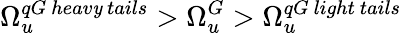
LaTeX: \Omega_{u}^{qG\ heav\mathit{y}\ tails}>\Omega_{u}^{G}>\Omega_{u}^{qG\ light\ tails}